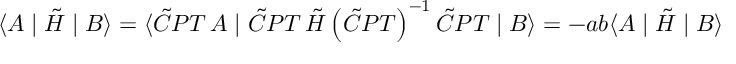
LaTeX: \langle A \mid \tilde { H } \mid B \rangle = \langle \tilde { C } P T \, A \mid \tilde { C } P T \, \tilde { H } \left( \tilde { C } P T \right) ^ { - 1 } \tilde { C } P T \mid B \rangle = - a b \langle A \mid \tilde { H } \mid B \rangle